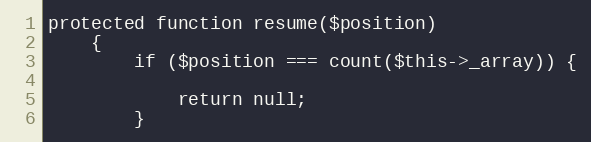
Language: PHP
protected function resume($position)
    {
        if ($position === count($this->_array)) {

            return null;
        }